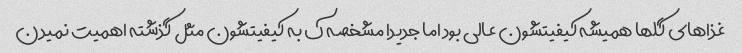
غذاهای گلها همیشه کیفیتشون عالی بود اما جدیدا مشخصه ک به کیفیتشون مثل گذشته اهمیت نمیدن